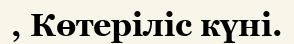
, Көтеріліс күні.